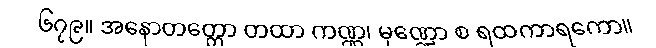
၆၇၉။ အနောတတ္တော တထာ ကဏ္ဏ၊ မုဏ္ဍော စ ရထကာရကော။